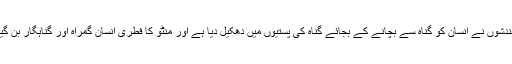
اخلاقی بندشوں نے انسان کو گناہ سے بچانے کے بجائے گناہ کی پستیوں میں دھکیل دیا ہے اور منٹو کا فطری انسان گمراہ اور گناہگار بن گیا ہے ‘‘۔